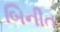
બિનીત